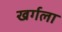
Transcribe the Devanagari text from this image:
खर्गला